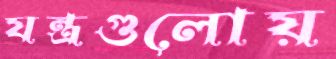
যন্ত্রগুলোয়